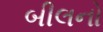
બીલનો